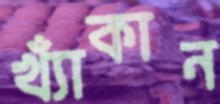
খ্যাঁকান